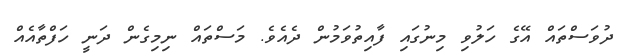
ދުވަސްތައް އޭގެ ހަލުވި މިނުގައި ފާއިތުވަމުން ދެއެވެ. މަސްތައް ނިމިގެން ދަނީ ހަފްތާއެއް